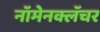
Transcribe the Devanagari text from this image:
नॉमेनक्लॅचर